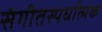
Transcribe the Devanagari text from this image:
संगीतस्पर्धात्मक